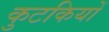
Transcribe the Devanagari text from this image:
कुटकियों